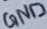
Text: GND